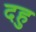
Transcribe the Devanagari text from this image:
दहु